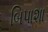
બિપાશા